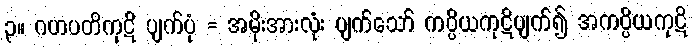
၃။ ဂဟပတိကုဋိ ပျက်ပုံ = အမိုးအားလုံး ပျက်သော် ကပ္ပိယကုဋိပျက်၍ အကပ္ပိယကုဋိ